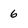
Character: 6